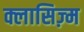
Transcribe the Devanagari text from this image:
क्लासिज़्म